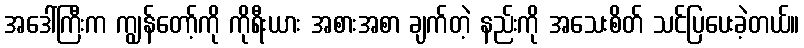
အဒေါ်ကြီးက ကျွန်တော့်ကို ကိုရီးယား အစားအစာ ချက်တဲ့ နည်းကို အသေးစိတ် သင်ပြပေးခဲ့တယ်။